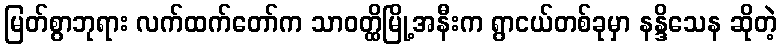
မြတ်စွာဘုရား လက်ထက်တော်က သာဝတ္ထိမြို့အနီးက ရွာငယ်တစ်ခုမှာ နန္ဒိသေန ဆိုတဲ့